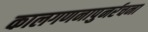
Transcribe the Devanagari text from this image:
कालगणनापुनर्रचना